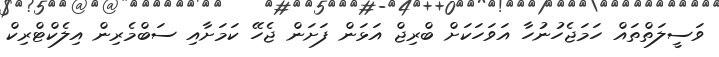
ވަސީލަތްތައް ހަމަޖެހުނުހާ އަވަހަކަށް ބްރިޖް އަޅަން ފަށަން ޖެހޭ ކަމަށާއި ސަބްމެރިން އިލެކްޓްރިކް